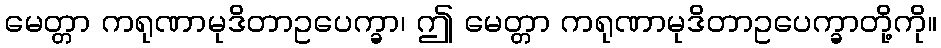
မေတ္တာ ကရုဏာမုဒိတာဥပေက္ခာ၊ ဤ မေတ္တာ ကရုဏာမုဒိတာဥပေက္ခာတို့ကို။